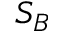
S _ { B }